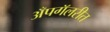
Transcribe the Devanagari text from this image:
अँपगॅलरीत